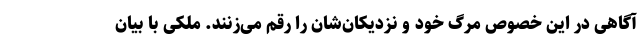
آگاهی در این خصوص مرگ خود و نزدیکان‌شان را رقم می‌زنند. ملکی با بیان